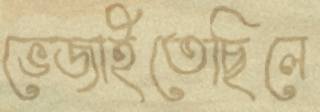
ভেজাইতেছিলে